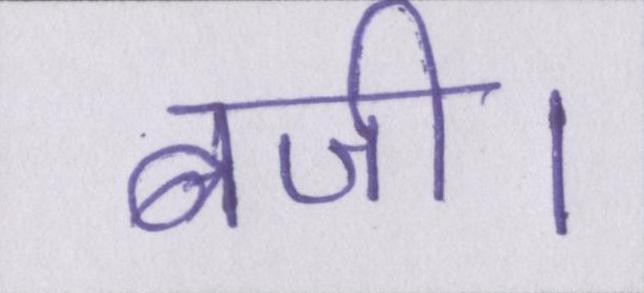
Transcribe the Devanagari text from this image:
बजी।